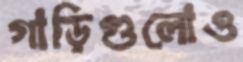
গাড়িগুলোও